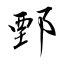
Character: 鄄